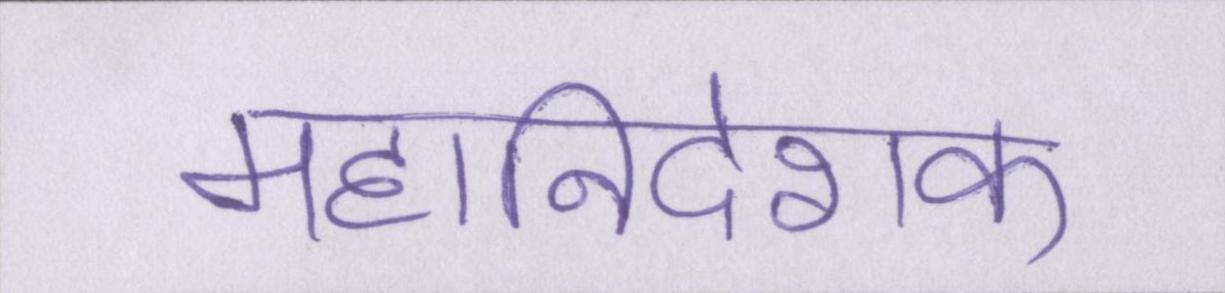
महानिदेशक